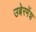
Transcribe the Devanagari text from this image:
उबेरमेंश